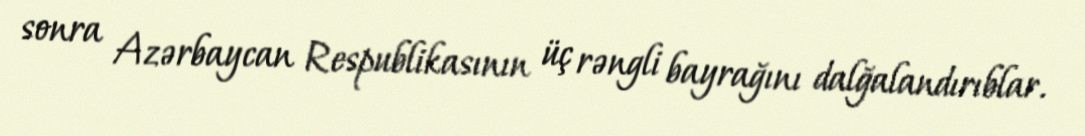
sonra Azərbaycan Respublikasının üç rəngli bayrağını dalğalandırıblar.